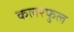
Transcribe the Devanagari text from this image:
कलरफुल